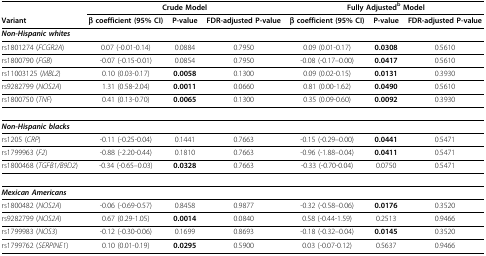
<table><thead><tr><td></td><td colspan="3"><b>Crude Model</b></td><td colspan="3"><b>Fully Adjusted<sup>b </sup>Model</b></td></tr><tr><td><b>Variant</b></td><td><b>β coefficient (95% CI)</b></td><td><b>P-value</b></td><td><b>FDR-adjusted P-value</b></td><td><b>β coefficient (95% CI)</b></td><td><b>P-value</b></td><td><b>FDR-adjusted P-value</b></td></tr></thead><tbody><tr><td><b><i>Non-Hispanic whites</i></b></td><td></td><td></td><td></td><td></td><td></td><td></td></tr><tr><td>rs1801274 (<i>FCGR2A</i>)</td><td>0.07 (-0.01-0.14)</td><td>0.0884</td><td>0.7950</td><td>0.09 (0.01-0.17)</td><td><b>0.0308</b></td><td>0.5610</td></tr><tr><td>rs1800790 (<i>FGB</i>)</td><td>-0.07 (-0.15-0.01)</td><td>0.0854</td><td>0.7950</td><td>-0.08 (-0.17--0.00)</td><td><b>0.0417</b></td><td>0.5610</td></tr><tr><td>rs11003125 (<i>MBL2</i>)</td><td>0.10 (0.03-0.17)</td><td><b>0.0058</b></td><td>0.1300</td><td>0.09 (0.02-0.15)</td><td><b>0.0131</b></td><td>0.3930</td></tr><tr><td>rs9282799 (<i>NOS2A</i>)</td><td>1.31 (0.58-2.04)</td><td><b>0.0011</b></td><td>0.0660</td><td>0.81 (0.00-1.62)</td><td><b>0.0490</b></td><td>0.5610</td></tr><tr><td>rs1800750 (<i>TNF</i>)</td><td>0.41 (0.13-0.70)</td><td><b>0.0065</b></td><td>0.1300</td><td>0.35 (0.09-0.60)</td><td><b>0.0092</b></td><td>0.3930</td></tr><tr><td><b><i>Non-Hispanic blacks</i></b></td><td></td><td></td><td></td><td></td><td></td><td></td></tr><tr><td>rs1205 (<i>CRP</i>)</td><td>-0.11 (-0.25-0.04)</td><td>0.1441</td><td>0.7663</td><td>-0.15 (-0.29--0.00)</td><td><b>0.0441</b></td><td>0.5471</td></tr><tr><td>rs1799963 (<i>F2</i>)</td><td>-0.88 (-2.20-0.44)</td><td>0.1810</td><td>0.7663</td><td>-0.96 (-1.88--0.04)</td><td><b>0.0411</b></td><td>0.5471</td></tr><tr><td>rs1800468 (<i>TGFB1/B9D2</i>)</td><td>-0.34 (-0.65--0.03)</td><td><b>0.0328</b></td><td>0.7663</td><td>-0.33 (-0.70-0.04)</td><td>0.0750</td><td>0.5471</td></tr><tr><td><b><i>Mexican Americans</i></b></td><td></td><td></td><td></td><td></td><td></td><td></td></tr><tr><td>rs1800482 (<i>NOS2A</i>)</td><td>-0.06 (-0.69-0.57)</td><td>0.8458</td><td>0.9877</td><td>-0.32 (-0.58--0.06)</td><td><b>0.0176</b></td><td>0.3520</td></tr><tr><td>rs9282799 (<i>NOS2A</i>)</td><td>0.67 (0.29-1.05)</td><td><b>0.0014</b></td><td>0.0840</td><td>0.58 (-0.44-1.59)</td><td>0.2513</td><td>0.9466</td></tr><tr><td>rs1799983 (<i>NOS3</i>)</td><td>-0.12 (-0.30-0.06)</td><td>0.1699</td><td>0.8693</td><td>-0.18 (-0.32--0.04)</td><td><b>0.0145</b></td><td>0.3520</td></tr><tr><td>rs1799762 (<i>SERPINE1</i>)</td><td>0.10 (0.01-0.19)</td><td><b>0.0295</b></td><td>0.5900</td><td>0.03 (-0.07-0.12)</td><td>0.5637</td><td>0.9466</td></tr></tbody></table>